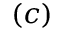
( c )